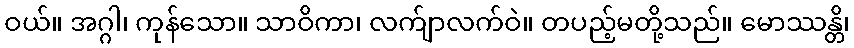
ဝယ်။ အဂ္ဂါ၊ ကုန်သော။ သာဝိကာ၊ လက်ျာလက်ဝဲ။ တပည့်မတို့သည်။ မောဿန္တိ၊